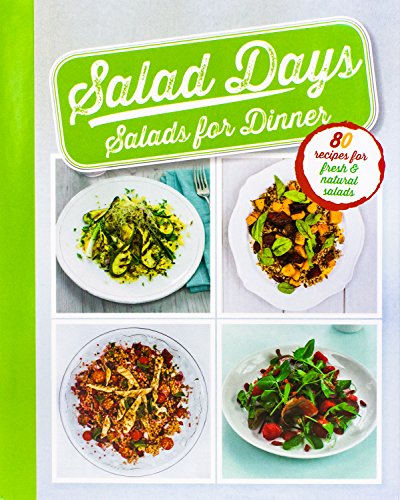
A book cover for Salad Days; Parragon Books; Cookbooks, Food & Wine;